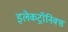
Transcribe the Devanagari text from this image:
इलेकट्रॉनिक्स